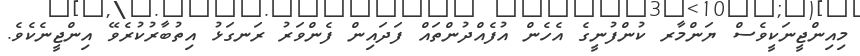
މިއިންޖީނަކީވެސް ޔަންމާރ ކުންފުނީގެ އެހެން އުފެއްދުންތައް ފަދައިން ފެންވަރު ރަނގަޅު އިތުބާރުކުރެވޭ އިންޖީނެކެވެ.